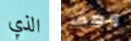
الذي وصف